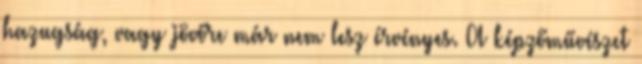
hazugság, vagy jövőre már nem lesz érvényes. A képzőművészet